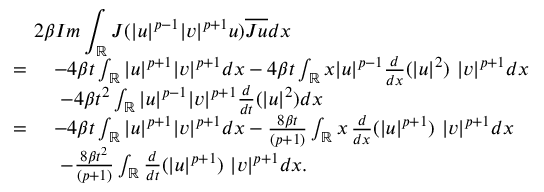
\begin{array} { r l } { \lefteqn { 2 \beta I m \int _ { \mathbb { R } } J ( | u | ^ { p - 1 } | v | ^ { p + 1 } u ) \overline { { J u } } d x } } \\ { = \ } & { - 4 \beta t \int _ { \mathbb { R } } | u | ^ { p + 1 } | v | ^ { p + 1 } d x - 4 \beta t \int _ { \mathbb { R } } x | u | ^ { p - 1 } \frac { d } { d x } ( | u | ^ { 2 } ) \ | v | ^ { p + 1 } d x } \\ & { \ - 4 \beta t ^ { 2 } \int _ { \mathbb { R } } | u | ^ { p - 1 } | v | ^ { p + 1 } \frac { d } { d t } ( | u | ^ { 2 } ) d x } \\ { = \ } & { - 4 \beta t \int _ { \mathbb { R } } | u | ^ { p + 1 } | v | ^ { p + 1 } d x - \frac { 8 \beta t } { ( p + 1 ) } \int _ { \mathbb { R } } x \, \frac { d } { d x } ( | u | ^ { p + 1 } ) \ | v | ^ { p + 1 } d x } \\ & { \ - \frac { 8 \beta t ^ { 2 } } { ( p + 1 ) } \int _ { \mathbb { R } } \frac { d } { d t } ( | u | ^ { p + 1 } ) \ | v | ^ { p + 1 } d x . } \end{array}